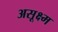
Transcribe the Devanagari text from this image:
असूक्ष्म